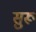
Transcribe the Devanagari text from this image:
सुरू